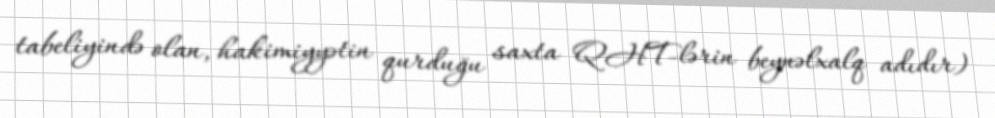
tabeliyində olan, hakimiyyətin qurduğu saxta QHT-lərin beynəlxalq adıdır)